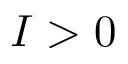
I > 0